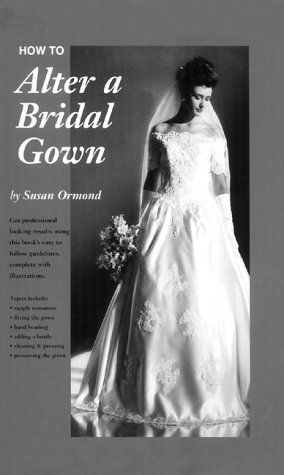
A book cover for How To Alter a Bridal Gown; Susan Ormond; Crafts, Hobbies & Home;